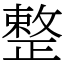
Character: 整